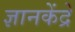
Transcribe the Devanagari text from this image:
ज्ञानकेंद्रे